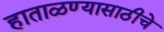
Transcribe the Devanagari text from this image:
हाताळण्यासाठीचे